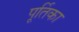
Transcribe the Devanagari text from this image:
पूर्तिका